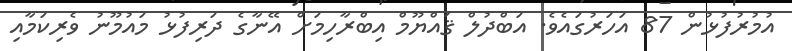
އުމުރުފުޅުން 87 އަހަރުގައެވެ. އަބްދުލް ޤައްޔޫމް އިބްރާހިމަށް އޭނާގެ ދަރިފުޅު މައުމޫނު ވެރިކަމާއި